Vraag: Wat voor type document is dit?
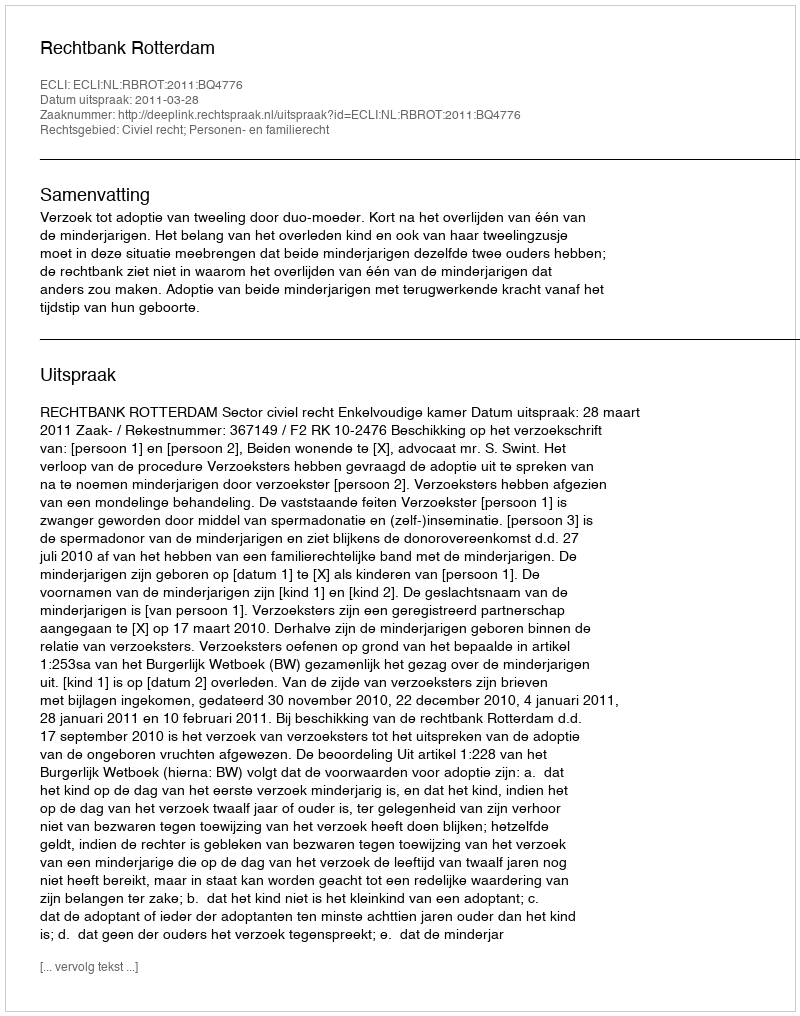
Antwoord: Uitspraak